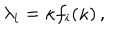
\lambda _ { i } = \kappa f _ { i } ( \kappa ) \, , \qquad